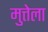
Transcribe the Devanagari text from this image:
मुत्तेला